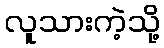
လူသားကဲ့သို့